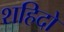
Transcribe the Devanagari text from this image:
शहिदो